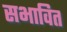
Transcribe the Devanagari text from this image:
सभावित